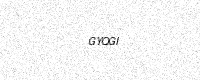
Text: GYQGI